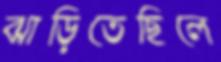
ঝাড়িতেছিলে